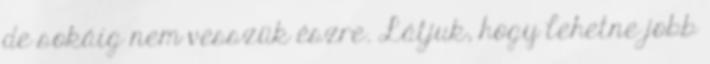
de sokáig nem vesszük észre. Látjuk, hogy lehetne jobb